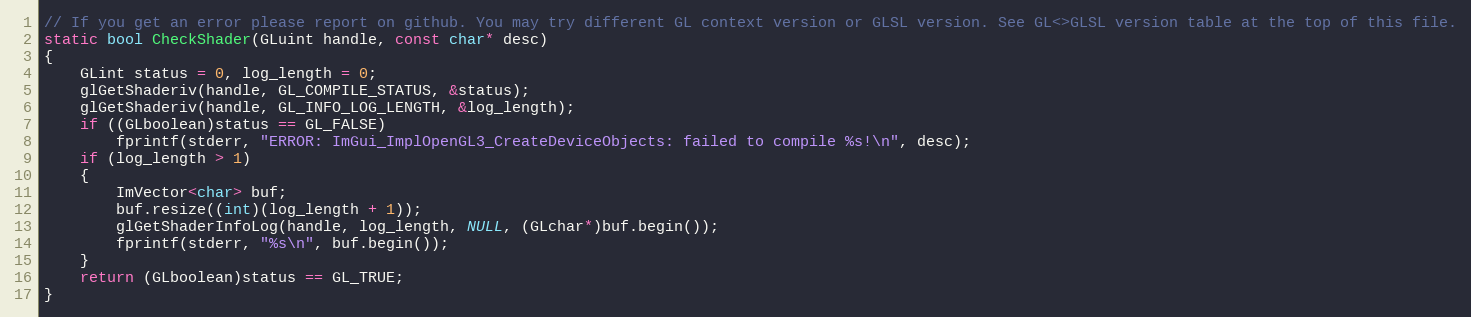
Language: C++
// If you get an error please report on github. You may try different GL context version or GLSL version. See GL<>GLSL version table at the top of this file.
static bool CheckShader(GLuint handle, const char* desc)
{
    GLint status = 0, log_length = 0;
    glGetShaderiv(handle, GL_COMPILE_STATUS, &status);
    glGetShaderiv(handle, GL_INFO_LOG_LENGTH, &log_length);
    if ((GLboolean)status == GL_FALSE)
        fprintf(stderr, "ERROR: ImGui_ImplOpenGL3_CreateDeviceObjects: failed to compile %s!\n", desc);
    if (log_length > 1)
    {
        ImVector<char> buf;
        buf.resize((int)(log_length + 1));
        glGetShaderInfoLog(handle, log_length, NULL, (GLchar*)buf.begin());
        fprintf(stderr, "%s\n", buf.begin());
    }
    return (GLboolean)status == GL_TRUE;
}